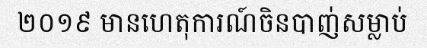
២០១៩ មានហេតុការណ៍ចិនបាញ់សម្លាប់